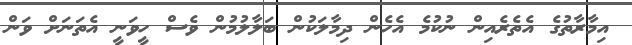
އިމާރާތުގެ އެތެރެއިން ނުކުމެ އެހެން ދިމާލަކުން ބަލާލުމުން ވެސް ހީވަނީ އެތަނަށް ވަން